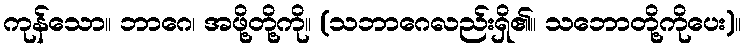
ကုန်သော။ ဘာဂေ၊ အဖို့တို့ကို။ (သဘာဂေလည်းရှိ၏။ သဘောတို့ကိုပေး)။